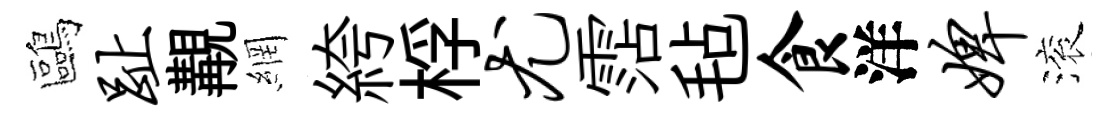
鷗趾覯網絝桴尤霑毡食洋婢滚